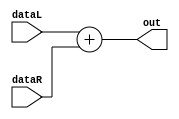
`timescale 1ns / 1ps
//////////////////////////////////////////////////////////////////////////////////

module ADDERM1(out,
               dataL,
               dataR);
parameter acc_width=16; // accumulator width 
output[acc_width-1:0] out;
input[acc_width-1:0] dataL,
                     dataR;
assign out=dataL+dataR;               
endmodule